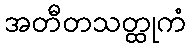
အတီတသတ္ထုကံ